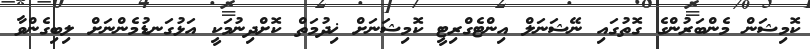
ކޮމިޝަން މެންބަރުންގެ ގޮތުގައި ނޭޝަނަލް އިންޓެގްރިޓީ ކޮމިޝަނަށް ޚިދުމަތް ކޮށްދިނުމަކީ އަޅުގަނޑުމެންނަށް ލިބިގެންވާ